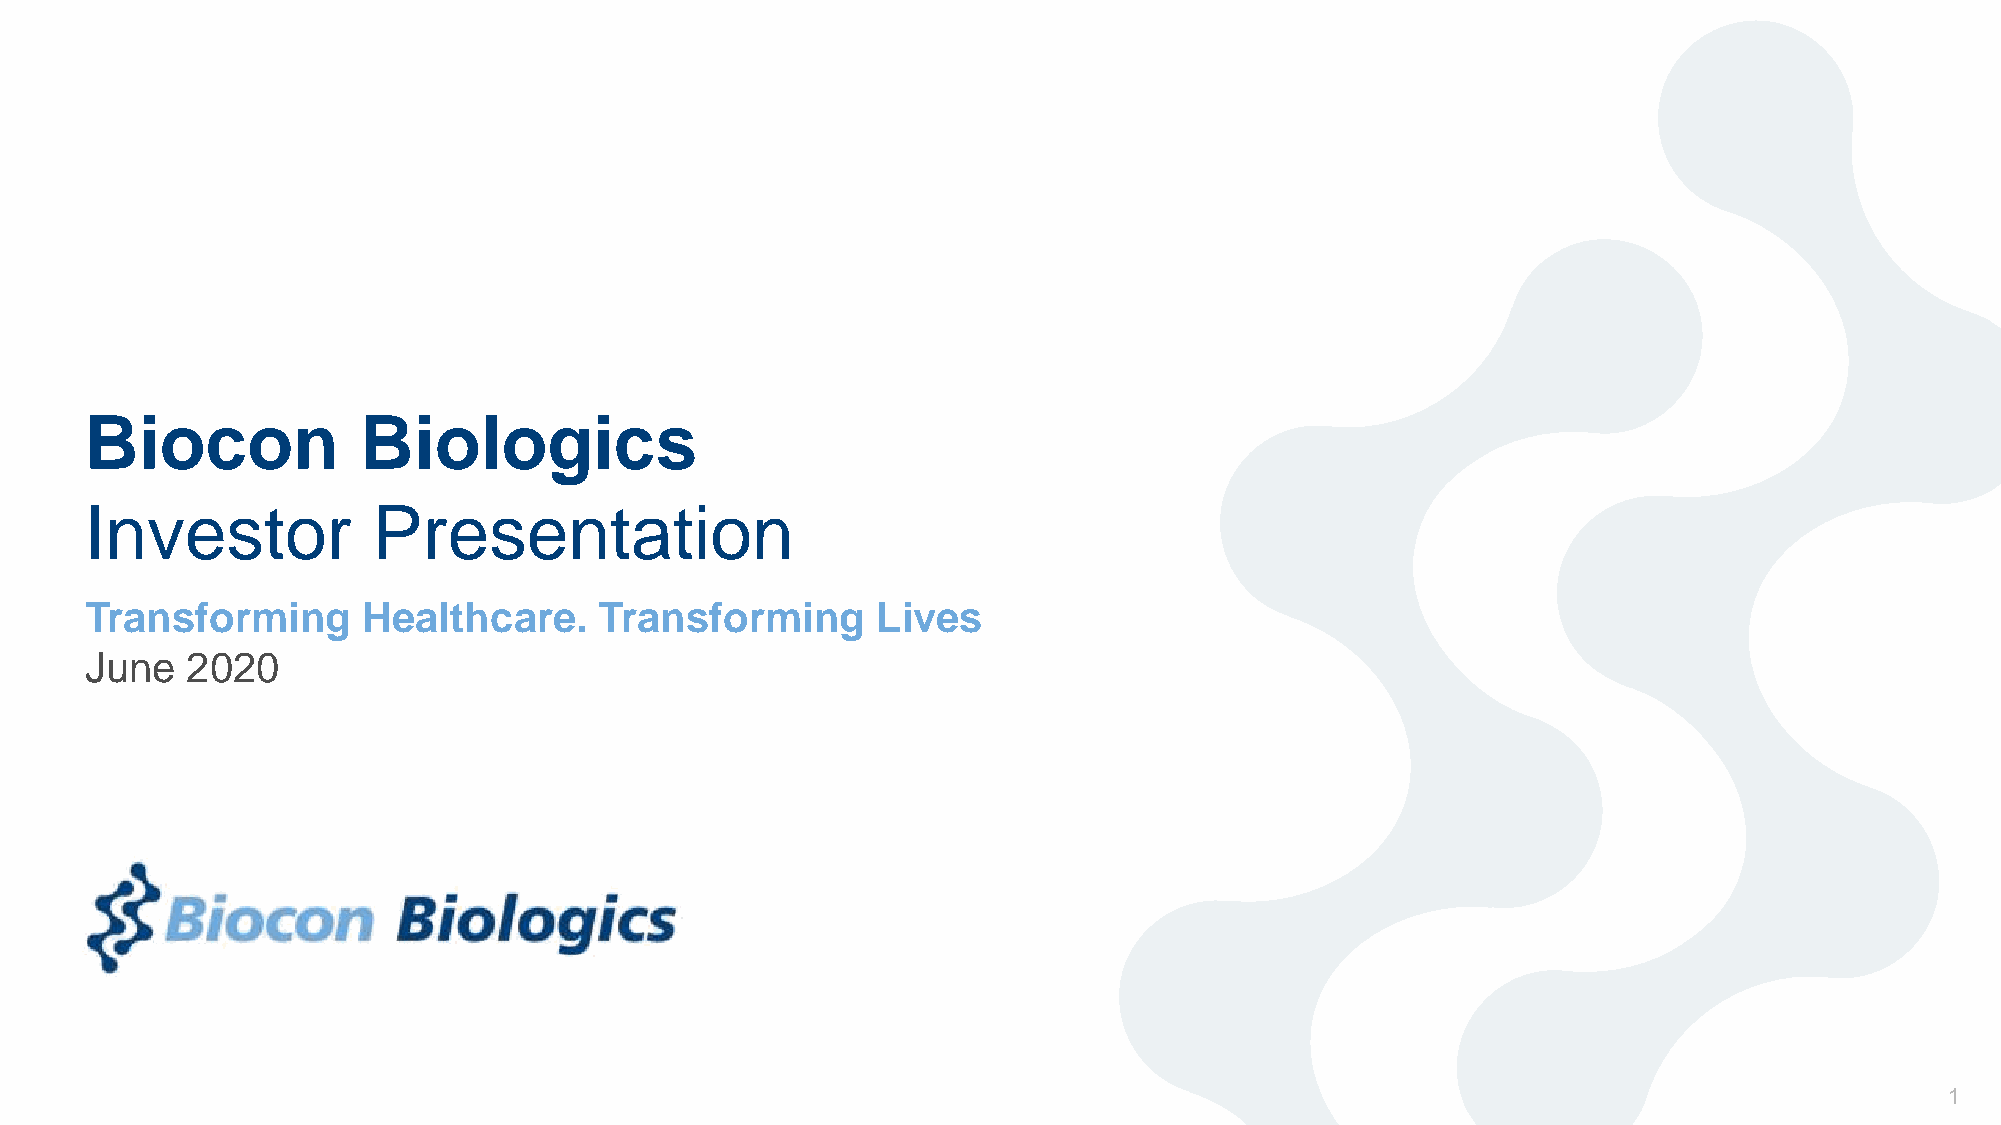
Biocon            Biologics
 Investor           Presentation
 Transforming      Healthcare.     Transforming      Lives
 June  2020
 1